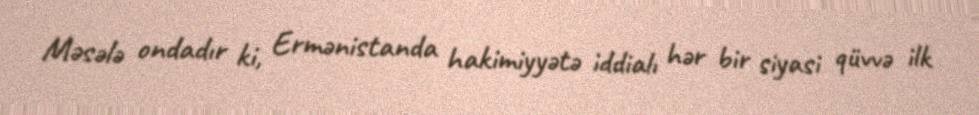
Məsələ ondadır ki, Ermənistanda hakimiyyətə iddialı hər bir siyasi qüvvə ilk